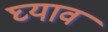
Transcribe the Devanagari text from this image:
घ्याव